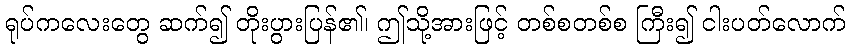
ရုပ်ကလေးတွေ ဆက်၍ တိုးပွားပြန်၏၊ ဤသို့အားဖြင့် တစ်စတစ်စ ကြီး၍ ငါးပတ်လောက်